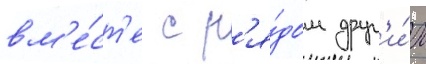
вм'е́ст'е с р'я́дом друг'и́х